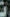
.